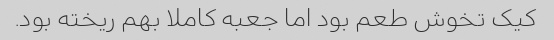
کیک تخوش طعم بود اما جعبه کاملا بهم ریخته بود.